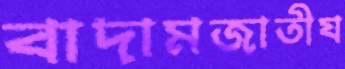
বাদামজাতীয